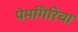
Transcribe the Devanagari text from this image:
पेमगिरिचा